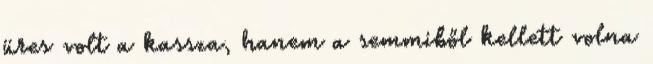
üres volt a kassza, hanem a semmiből kellett volna